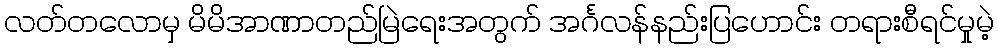
လတ်တလောမှ မိမိအာဏာတည်မြဲရေးအတွက် အင်္ဂလန်နည်းပြဟောင်း တရားစီရင်မှုမဲ့